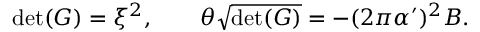
\operatorname * { d e t } ( G ) = \xi ^ { 2 } , \qquad \theta \sqrt { \operatorname * { d e t } ( G ) } = - ( 2 \pi \alpha ^ { \prime } ) ^ { 2 } B .